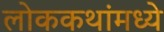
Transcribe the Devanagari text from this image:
लोककथांमध्ये